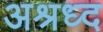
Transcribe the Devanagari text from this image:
अश्रध्द